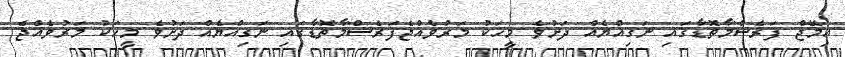
އިމޭޖް ފަރެސްމާތޮޑާގައި ނަގިއްޔެއް ދަށުވެ މީހަކު މަރުވެއްޖެފަރެސްމާތޮޑާގައި ނަގިއްޔެއް ދަށުވެ މީހަކު މަރުވެއްޖެ